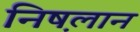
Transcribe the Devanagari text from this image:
निष़लान